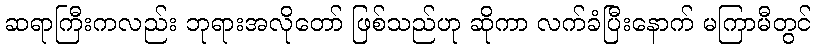
ဆရာကြီးကလည်း ဘုရားအလိုတော် ဖြစ်သည်ဟု ဆိုကာ လက်ခံပြီးနောက် မကြာမီတွင်